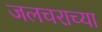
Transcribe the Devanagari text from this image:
जलचराच्या